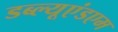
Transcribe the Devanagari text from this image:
डब्ल्यूएंडएम